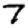
Digit: 7